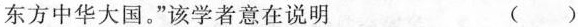
东方中华大国。”该学者意在说明 ()